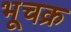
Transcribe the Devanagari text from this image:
भूचक्र